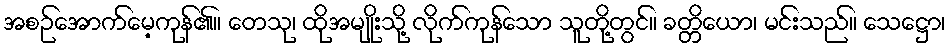
အစဉ်အောက်မေ့ကုန်၏။ တေသု၊ ထိုအမျိုးသို့ လိုက်ကုန်သော သူတို့တွင်။ ခတ္တိယော၊ မင်းသည်။ သေဋ္ဌော၊